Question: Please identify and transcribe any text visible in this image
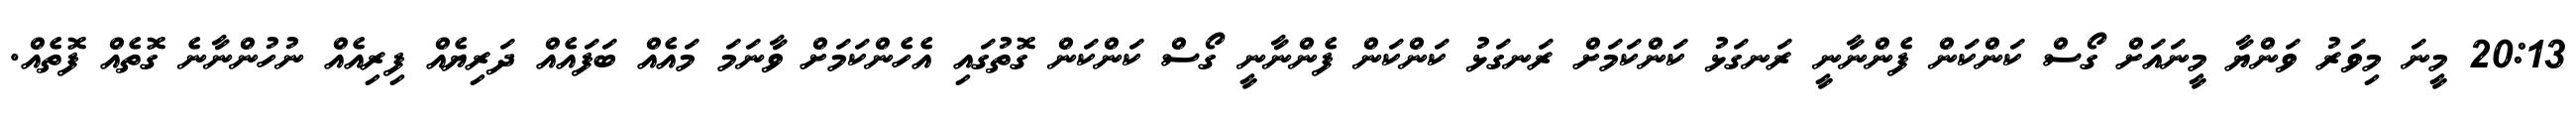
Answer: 20:13 މީނަ މިވަރު ވަންޔާ މީނައަށް ގޯސް ކަންކަން ފެންނާނީ ރަނގަޅު ކަންކަމަށް ރަނގަޅު ކަންކަން ފެންނާނީ ގޯސް ކަންކަން ގޮތުގައި އެހެންކަމަށް ވާނަމަ މައެއް ބަފައެއް ދަރިޔެއް ފިރިއެއް ނުހުންނާނެ ގޮތެއް ފޮތެއް.